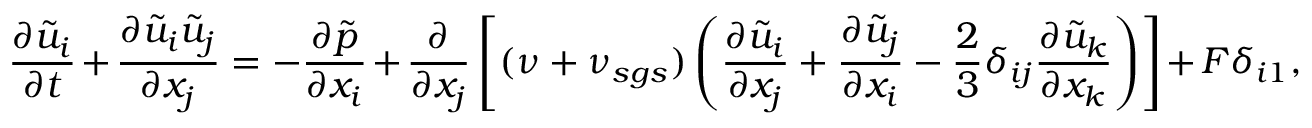
\frac { \partial \tilde { u } _ { i } } { \partial t } + \frac { \partial \tilde { u } _ { i } \tilde { u } _ { j } } { \partial x _ { j } } = - \frac { \partial \tilde { p } } { \partial x _ { i } } + \frac { \partial } { \partial x _ { j } } \left[ ( \nu + \nu _ { s g s } ) \left( \frac { \partial \tilde { u } _ { i } } { \partial { x _ { j } } } + \frac { \partial \tilde { u } _ { j } } { \partial { x _ { i } } } - \frac { 2 } { 3 } \delta _ { i j } \frac { \partial \tilde { u } _ { k } } { \partial { x _ { k } } } \right) \right] + F \delta _ { i 1 } ,